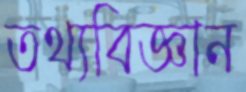
তথ্যবিজ্ঞান